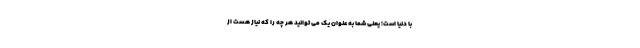
با دنیا است؛ یعنی شما به عنوان یک می توانید هر چه را که نیاز هست از